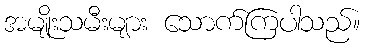
အမျိုးသမီးများ သောက်ကြပါသည်။